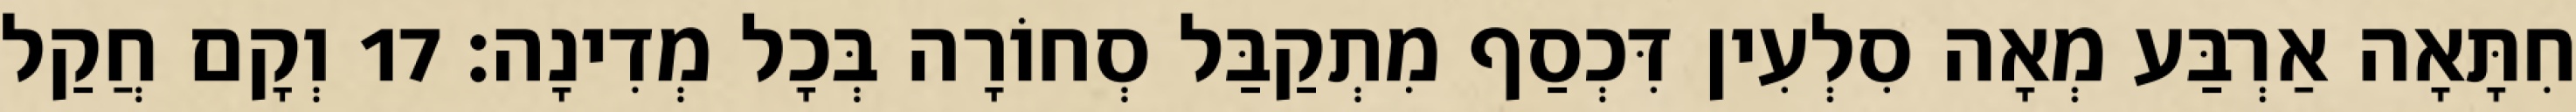
חִתָּאָה אַרְבַּע מְאָה סִלְעִין דִּכְסַף מִתְקַבַּל סְחוֹרָה בְּכָל מְדִינָה׃ 17 וְקָם חֲקַל